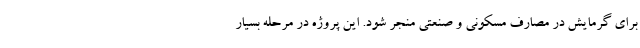
برای گرمایش در مصارف مسکونی و صنعتی منجر شود. این پروژه در مرحله بسیار